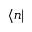
\langle n |